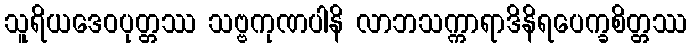
သူရိယဒေဝပုတ္တဿ သဗ္ဗကုဏပါနိ လာဘသက္ကာရာဒိနိရပေက္ခစိတ္တဿ